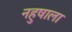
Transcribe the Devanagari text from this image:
नहुषाला